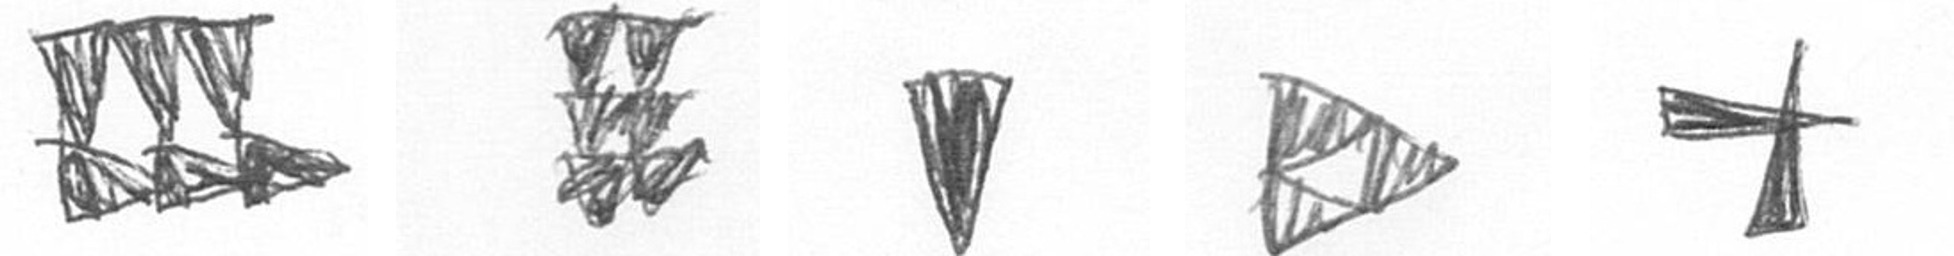
D Y J K G